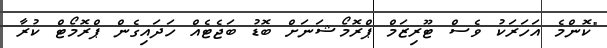
"ކޮންމެ އަހަރަކު ވެސް ޓޫރިޒަމް ޕްރޮމޯޝަނަށް ބޮޑު ބަޖެޓެއް ހަދައިގެން ޕްރޮމޯޓް ކުރާ